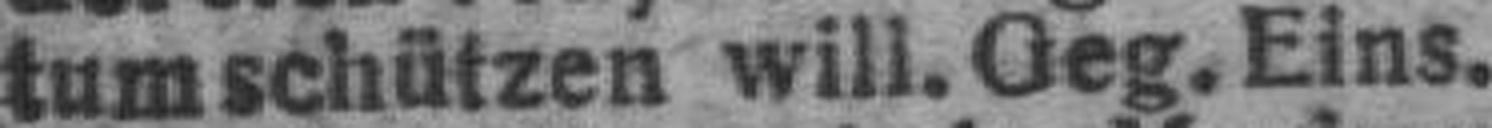
tum schützen will. Geg. Eins.